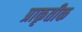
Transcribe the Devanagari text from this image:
प्राकृतीक